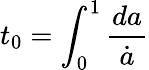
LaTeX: t_{0}=\int_{0}^{1}{\frac{da}{\dot{a}}}